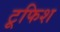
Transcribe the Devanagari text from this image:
टूफिश